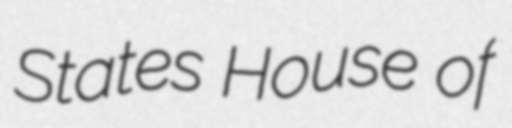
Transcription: States House of